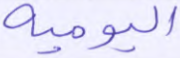
اليومية